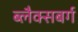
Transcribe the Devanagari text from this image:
ब्लैक्सबर्ग